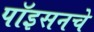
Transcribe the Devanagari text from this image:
पॉइसनचे